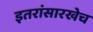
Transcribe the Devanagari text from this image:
इतरांसारखेच